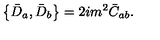
\left\{ \bar { D } _ { a } , \bar { D } _ { b } \right\} = 2 i m ^ { 2 } \bar { C } _ { a b } .